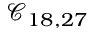
\mathcal { C } _ { 1 8 , 2 7 }